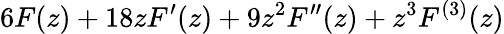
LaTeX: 6F(z)+18zF^{\prime}(z)+9z^{2}F^{\prime\prime}(z)+z^{3}F^{(3)}(z)